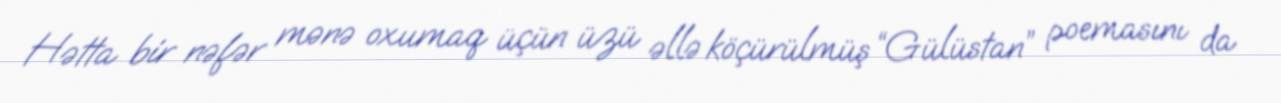
Hətta bir nəfər mənə oxumaq üçün üzü əllə köçürülmüş “Gülüstan” poemasını da